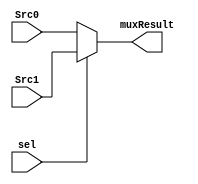
module MUX_5bit (
    input [4:0] Src0,Src1,
    input sel,
    output [4:0] muxResult
);
    assign muxResult = sel?Src1:Src0;
endmodule